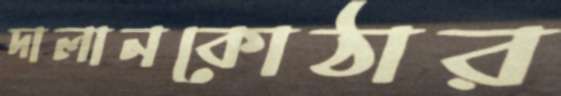
দালানকোঠার